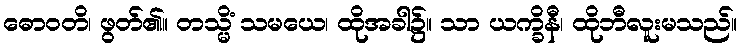
ဓောဝတိ၊ ဖွတ်၏။ တသ္မိံ သမယေ၊ ထိုအခါ၌။ သာ ယက္ခိနီ၊ ထိုဘီလူးမသည်။